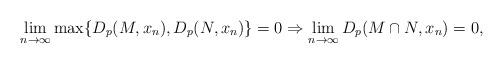
LaTeX: \begin{align*} \lim_{n\to\infty} \max\{D_p(M,x_n), D_p(N,x_n)\} = 0 \Rightarrow \lim_{n\to\infty} D_p(M\cap N, x_n) = 0, \end{align*}